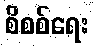
စိစစ်ရေး